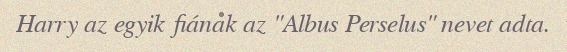
Harry az egyik fiának az "Albus Perselus" nevet adta.